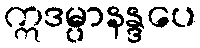
ဣဒမ္ပာနန္ဒပေ